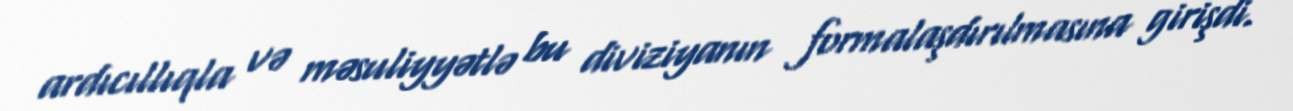
ardıcıllıqla və məsuliyyətlə bu diviziyanın formalaşdırılmasına girişdi.